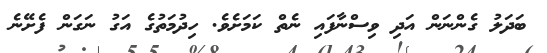
ބަދަލު ގެންނަން އަދި ވިސްނާފައި ނެތް ކަމަށެވެ. ހިދުމަތުގެ އަގު ނަގަން ފެށޭނެ